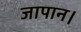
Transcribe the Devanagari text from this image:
जापान।